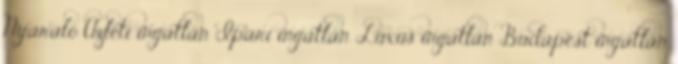
Nyaraló Üzleti ingatlan Ipari ingatlan Luxus ingatlan Budapest ingatlan